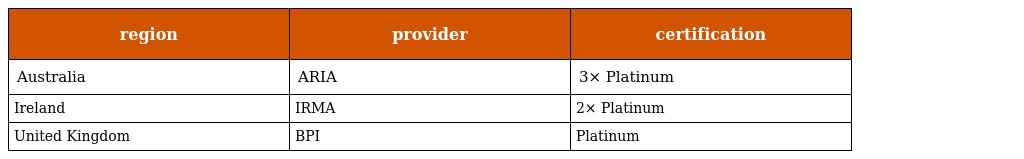
| region | provider | certification |
 | --- | --- | --- |
 | Australia | ARIA | 3× Platinum |
 | Ireland | IRMA | 2× Platinum |
 | United Kingdom | BPI | Platinum |